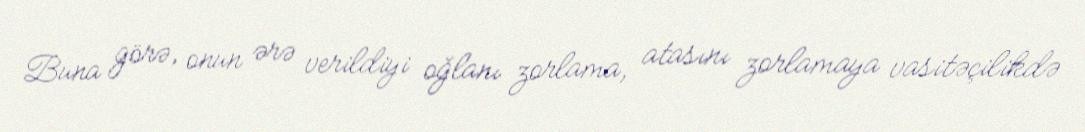
Buna görə, onun ərə verildiyi oğlanı zorlama, atasını zorlamaya vasitəçilikdə